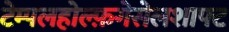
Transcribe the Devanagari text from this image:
टेम्पलहोल्फ़गेसेलशाफ्ट